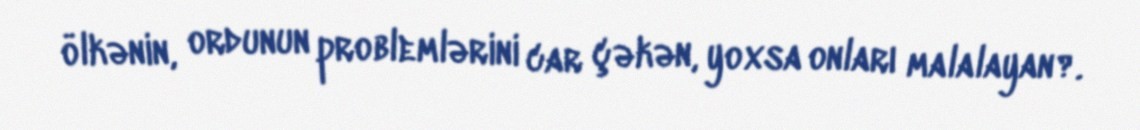
ölkənin, ordunun problemlərini car çəkən, yoxsa onları malalayan?.